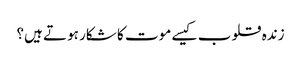
زندہ قلوب کیسے موت کا شکار ہوتے ہیں؟